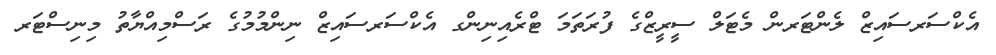
އެކްސަރސައިޒް ލެންޓަރން މެޓަލް ސީރީޒްގެ ފުރަތަމަ ޓްރެއިނިންގ އެކްސަރސައިޒް ނިންމުމުގެ ރަސްމިއްޔާތު މިނިސްޓަރ